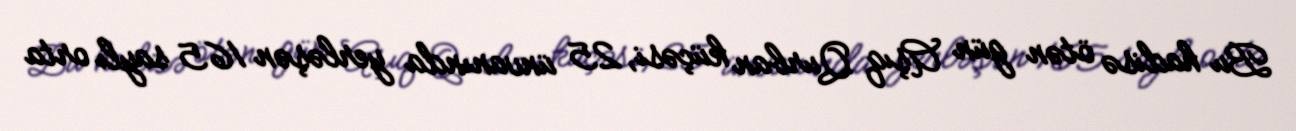
Bu hadisə ötən gün Aşıq Qurban küçəsi, 25 ünvanında yerləşən 165 saylı orta